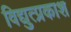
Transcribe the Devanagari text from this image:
विद्युत्प्रकाश